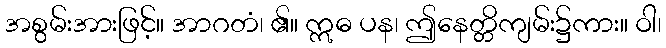
အစွမ်းအားဖြင့်။ အာဂတံ၊ ၏။ ဣဓ ပန၊ ဤနေတ္တိကျမ်း၌ကား။ ဝါ၊